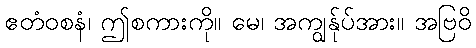
ဧတံဝစနံ၊ ဤစကားကို။ မေ၊ အကျွန်ုပ်အား။ အဗြဝိ